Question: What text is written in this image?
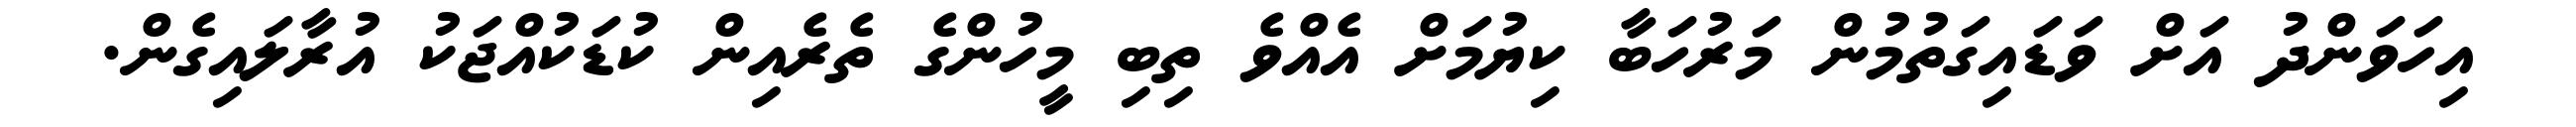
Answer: އިހަވަންދު އަށް ވަޑައިގަތުމުން މަރުހަބާ ކިޔުމަށް އެއްވެ ތިބި މީހުންގެ ތެރެއިން ކުޑަކުއްޖަކު އުރާލައިގެން.